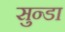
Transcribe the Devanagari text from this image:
सुन्डा